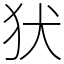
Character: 犾